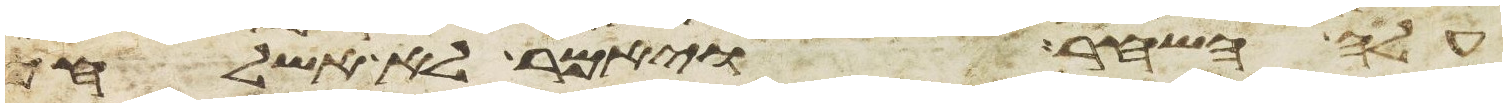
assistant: עלה השחר ויאמר לא אשלחך